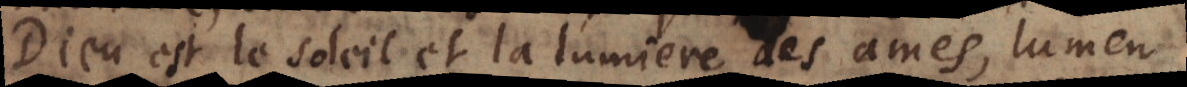
Dieu est le soleil et la lumiere des ames, lumen